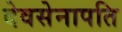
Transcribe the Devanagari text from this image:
देवसेनापति